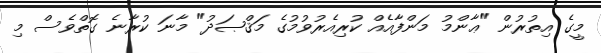
މީގެ އިތުރުން "ޢާންމު މަންފާއެއް ކުރިއެރުވުމުގެ މަޤްޞަދު" މާނަ ކުރާނެ ގޮތްވެސް މި